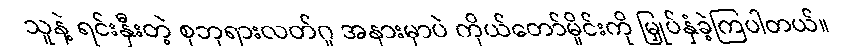
သူနဲ့ ရင်းနှီးတဲ့ စုဘုရားလတ်ဂူ အနားမှာပဲ ကိုယ်တော်မှိုင်းကို မြှုပ်နှံခဲ့ကြပါတယ်။